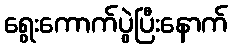
ရွေးကောက်ပွဲပြီးနောက်